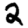
Digit: 2